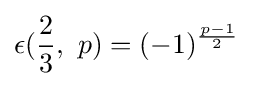
\epsilon ({2 \over 3},\ p)=(-1)^{p-1 \over 2}